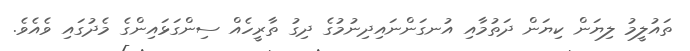
ތައުލީމު ލިޔަން ކިޔަން ދަތުމާއި އުނގަންނައިދިނުމުގެ ދިގު ތާރީހެއް ސިންގަޅައިންގެ މެދުގައި ވެއެވެ.